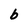
Character: b